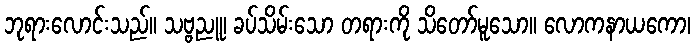
ဘုရားလောင်းသည်။ သဗ္ဗညူ၊ ခပ်သိမ်းသော တရားကို သိတော်မူသော။ လောကနာယကော၊